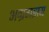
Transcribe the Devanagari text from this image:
अग्रगझय